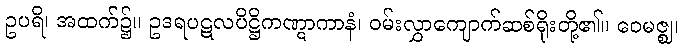
ဥပရိ၊ အထက်၌။ ဥဒရပဋလပိဋ္ဌိကဏ္ဋာကာနံ၊ ဝမ်းလွှာကျောက်ဆစ်ရိုးတို့၏။ ဝေမဇ္ဈ၊